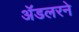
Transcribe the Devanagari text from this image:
ॲडलरने